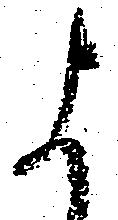
よ